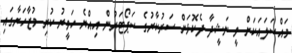
މައްސަލައަކަށް ވީ ނަޝީދާ ދެކޮޅަށް ސަރުކާރުގެ ސަޕޯޓަރުން އިއްޔެ ހަވީރު ކުރި މުޒާހަރާގައި